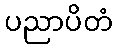
ပညာပိတံ